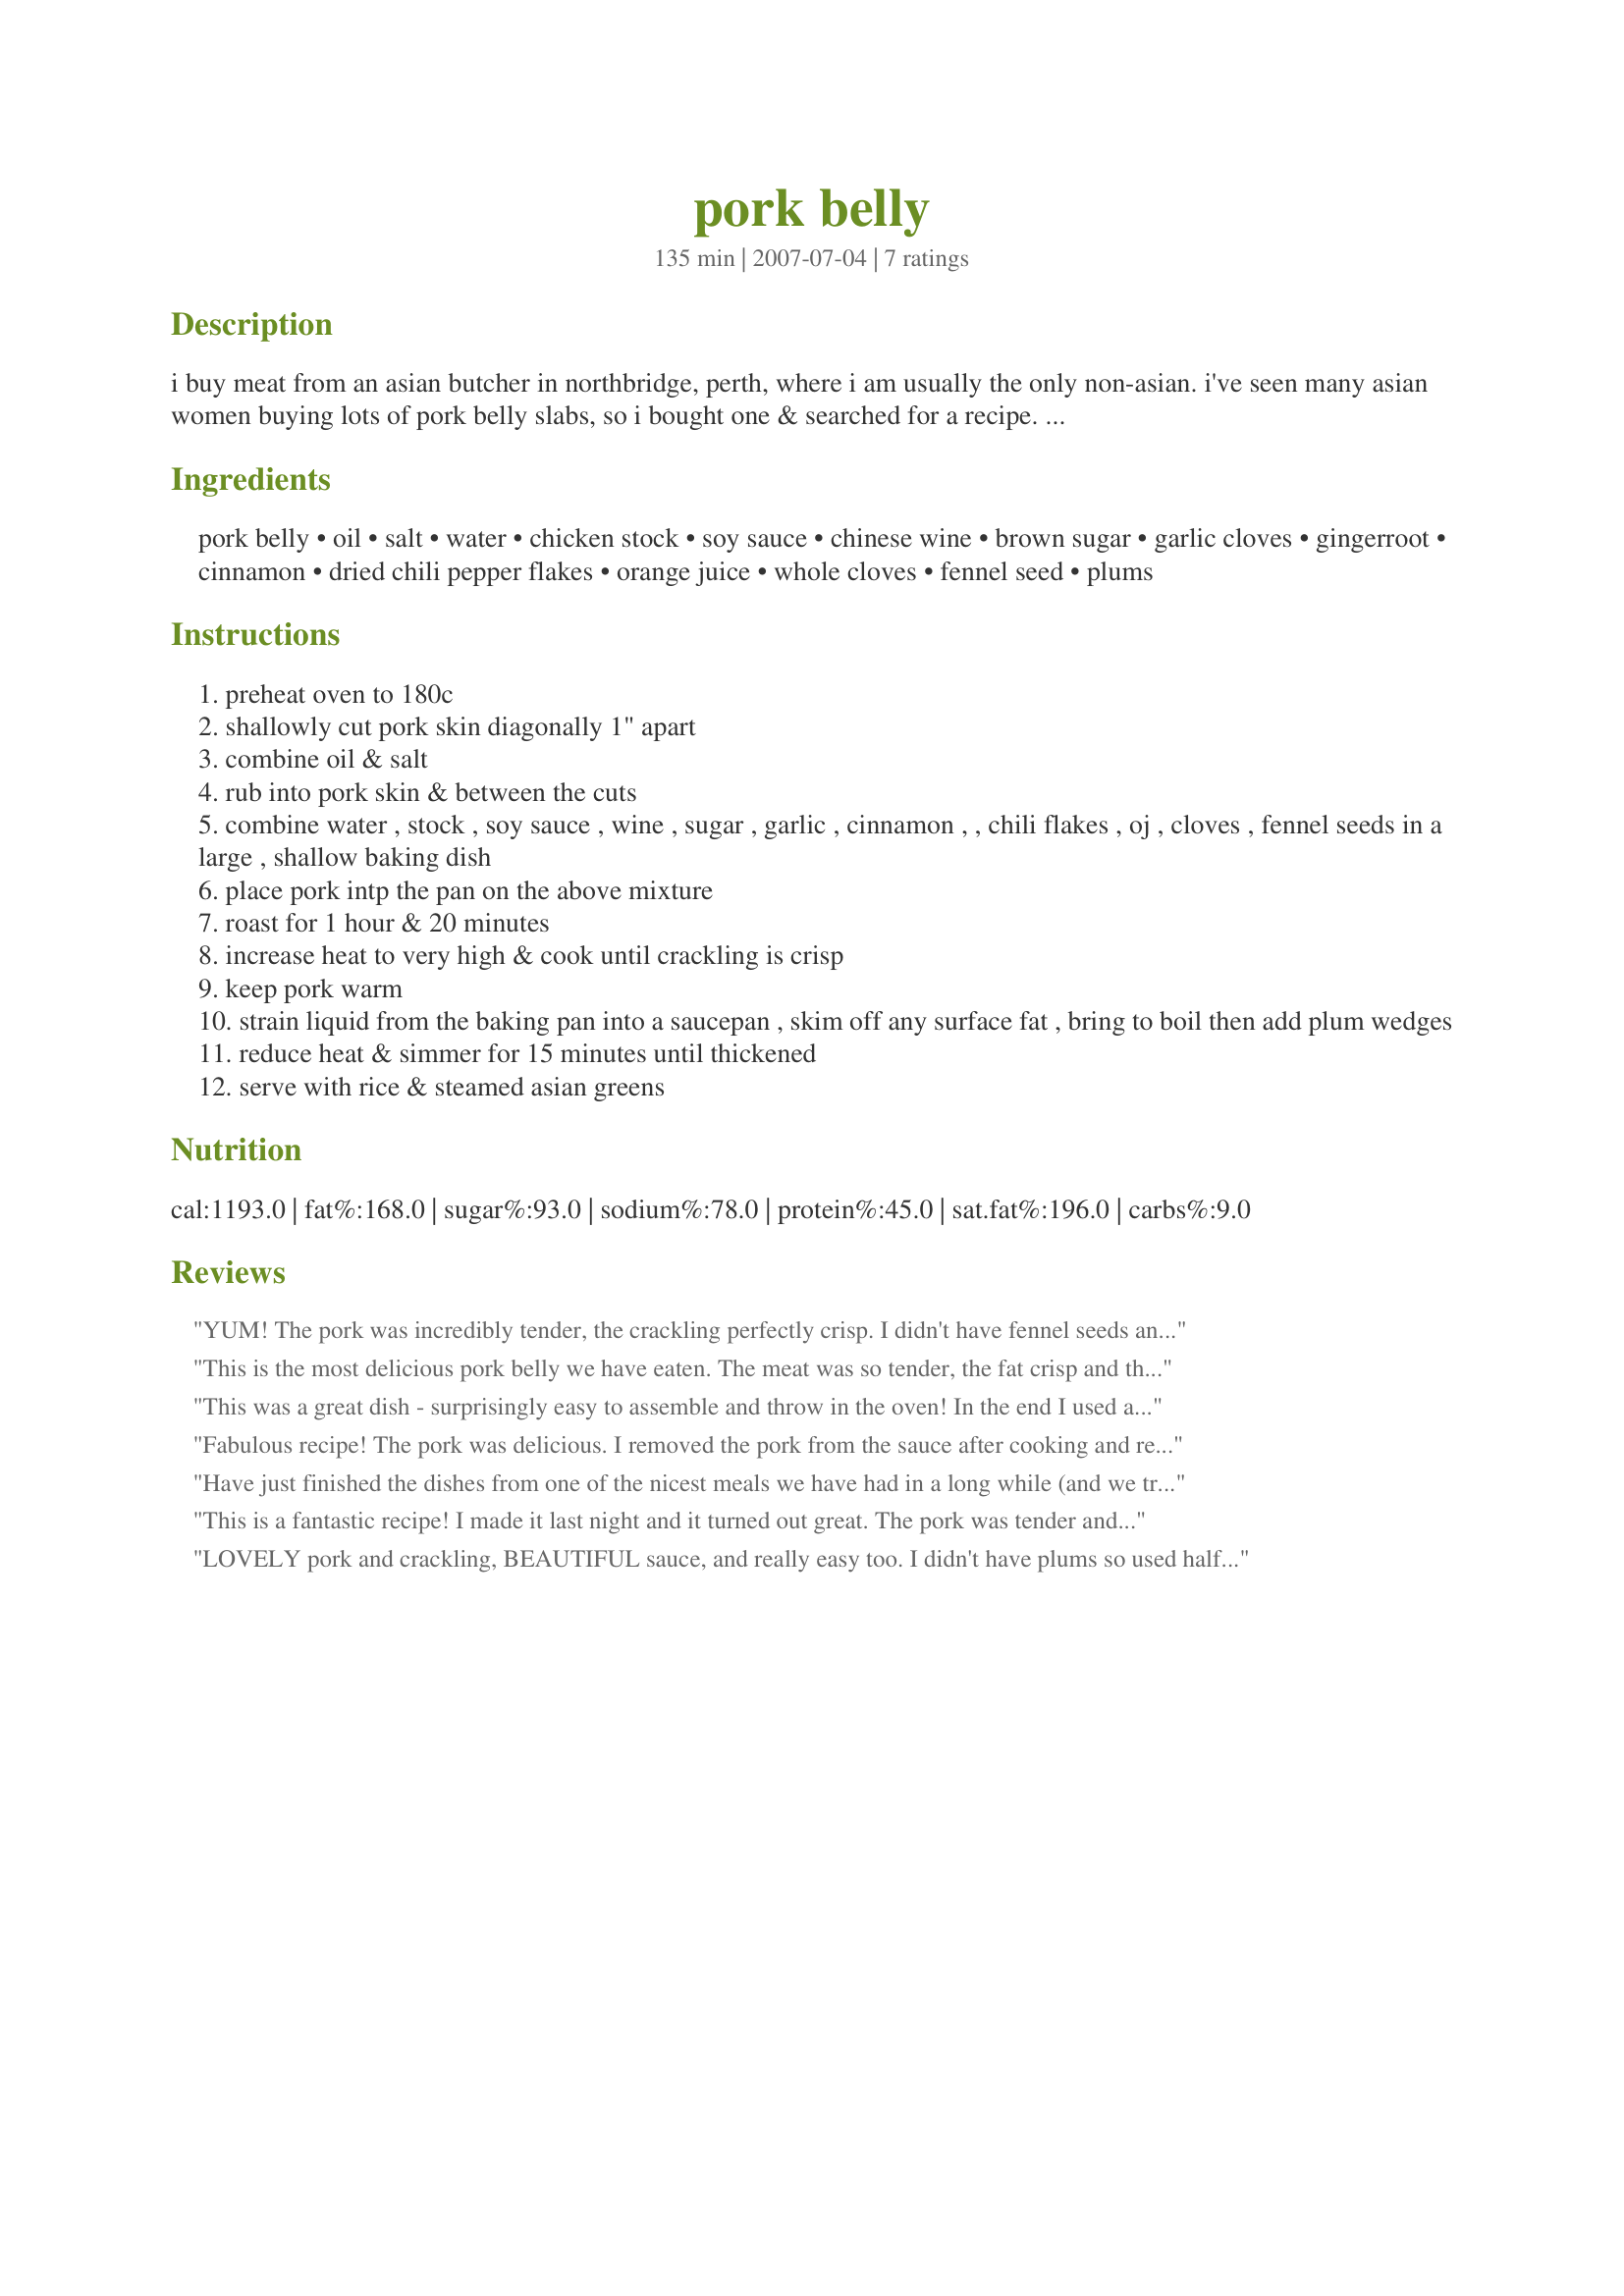
pork belly
Preparation time: 135 minutes

i buy meat from an asian butcher in northbridge, perth, where i am usually the only non-asian. i've seen many asian women buying lots of pork belly slabs, so i bought one & searched for a recipe. this one is from an aussie site. the original recipe called for no bones with skin. i used a pork belly with bones & it worked well.

Ingredients:
pork belly, oil, salt, water, chicken stock, soy sauce, chinese wine, brown sugar, garlic cloves, gingerroot, cinnamon, dried chili pepper flakes, orange juice, whole cloves, fennel seed, plums

Steps:
preheat oven to 180c
shallowly cut pork skin diagonally 1" apart
combine oil & salt
rub into pork skin & between the cuts
combine water , stock , soy sauce , wine , sugar , garlic , cinnamon , , chili flakes , oj , cloves , fennel seeds in a large , shallow baking dish
place pork intp the pan on the above mixture
roast for 1 hour & 20 minutes
increase heat to very high & cook until crackling is crisp
keep pork warm
strain liquid from the baking pan into a saucepan , skim off any surface fat , bring to boil then add plum wedges
reduce heat & simmer for 15 minutes until thickened
serve with rice & steamed asian greens

Reviews:
YUM! The pork was incredibly tender, the crackling perfectly crisp. I didn't have fennel seeds and substituted powder. That meant that it was a wee bit unbalanced. But that was entirely my fault and not this great recipe!!
This is the most delicious pork belly we have eaten. The meat was so tender, the fat crisp and the sauce with the plums, cloves and a touch of chilli... to die for.
This was a great dish - surprisingly easy to assemble and throw in the oven! In the end I used a little bit of corn starch to thicken the sauce up and it was perfect. As you can see in the photo it turned out pretty well, and we gobbled it up! Watch out - it's a heavy dish so make plenty of lighter sides and veggies to balance it out. Thanks for the recipe!
Fabulous recipe! The pork was delicious. I removed the pork from the sauce after cooking and returned it to the oven to crisp it up and it was done by the time the sauce had reduced. It would be a great way to serve pork to a large crowd as it is so easy to prepare and easy to serve. And the recipe came from my very own backyard so definitely 5 stars....Thanks Heather!
Have just finished the dishes from one of the nicest meals we have had in a long while (and we try to aim high). My wife isn't the keenest on pork as a rule and she really enjoyed it. So ... highly recommended. We made it as set out here and the flavour, combined with fresh stir fried / steamed veges is just superb.
This is a fantastic recipe! I made it last night and it turned out great. The pork was tender and the crackling provided a nice flavor and texture contrast to the tender meat and fat below. The plum sauce was easy to make as well. I used blond granulated sugar instead of brown, white wine instead of sherry, and a cinnamon stick instead of ground. I used cheese cloth to filter the sauce at the end. I reserved the fat from the sauce and threw it in the fridge. This morning I tasted it and it had a wonderful spiced flavor and soon I will post a recipe that uses it.
LOVELY pork and crackling, BEAUTIFUL sauce, and really easy too. I didn't have plums so used half an orange instead.
